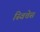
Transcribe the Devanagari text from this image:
स्विचेस